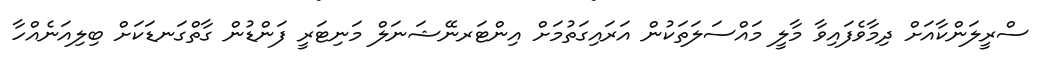
ސްރީލަންކާއަށް ދިމާވެފައިވާ މާލީ މައްސަލަތަކުން އަރައިގަތުމަށް އިންޓަރނޭޝަނަލް މަނިޓަރީ ފަންޑުން ގާތްގަނޑަކަށް ބިލިއަނެއްހާ